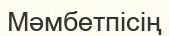
Мәмбетпісің